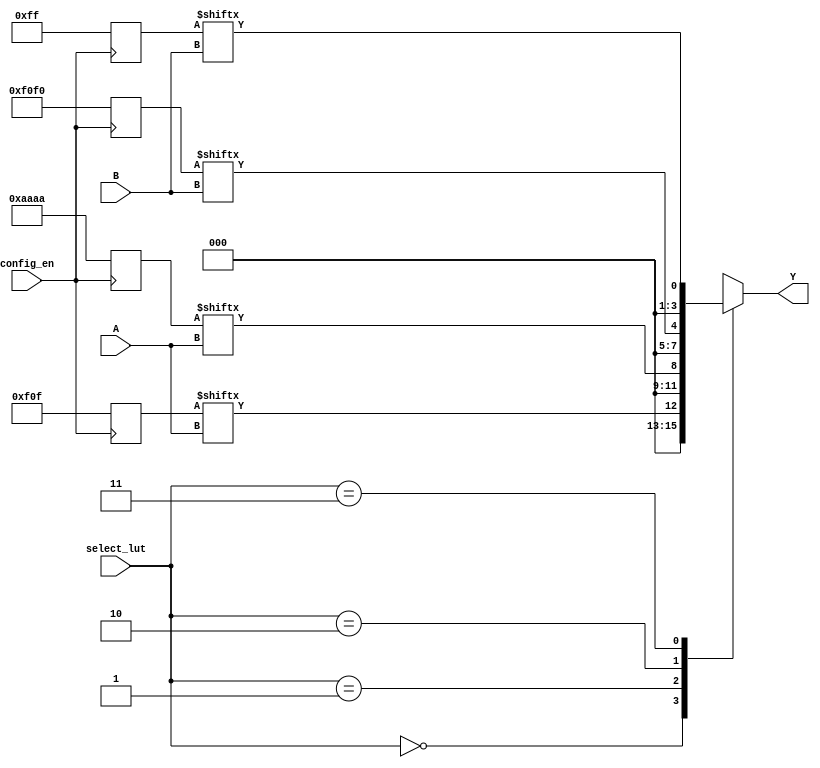
module CLB (
    input wire [3:0] A,         // 4-bit input for LUTs
    input wire [3:0] B,         // Another 4-bit input for LUTs
    input wire [1:0] select_lut, // Select signal for choosing LUT operation
    input wire config_en,       // Control signal to enable configuration
    output reg [3:0] Y          // 4-bit output result
);

// Lookup Tables (LUTs)
reg [15:0] lut0; // 4-input LUT can represent 16 different combinations
reg [15:0] lut1; // Another 4-input LUT
reg [15:0] lut2; // Third 4-input LUT
reg [15:0] lut3; // Fourth 4-input LUT

// Configuration Memory
always @(posedge config_en) begin
    // Simulated configuration to initialize LUTs
    lut0 <= 16'b0000111100001111; // Example configuration for LUT0
    lut1 <= 16'b1010101010101010; // Example configuration for LUT1
    lut2 <= 16'b1111000011110000; // Example configuration for LUT2
    lut3 <= 16'b0000000011111111; // Example configuration for LUT3
end

// Combinational logic to map inputs to outputs
always @(*) begin
    case (select_lut)
        2'b00: Y = lut0[A]; // Use LUT0 based on inputs
        2'b01: Y = lut1[A]; // Use LUT1 based on inputs
        2'b10: Y = lut2[B]; // Use LUT2 based on another set of inputs
        2'b11: Y = lut3[B]; // Use LUT3 based on another set of inputs
        default: Y = 4'b0000; // Default case
    endcase
end

endmodule